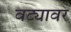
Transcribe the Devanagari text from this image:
वट्यावर